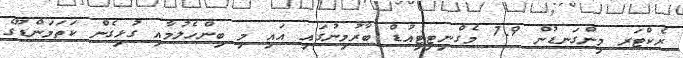
ރެކްޓަރ މިންގަނޑުން 7.9 މެގްނިޓިޓިއުޑް ބާރުމިނުގައި އައި މި ބިންހެލުމާއި ގުޅިގެން ކަތަމަންޑޫގެ